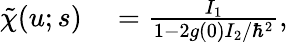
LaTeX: \begin{array}{rl}{\tilde{\chi}(u;s)}&{{}=\frac{I_{1}}{1-2g(0)I_{2}/\hbar^{2}},}\end{array}